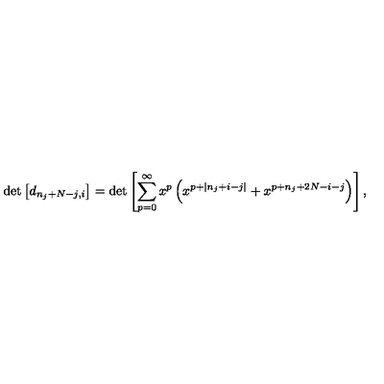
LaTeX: \det \left[ d _ { n _ { j } + N - j , i } \right] = \det \left[ \sum _ { p = 0 } ^ { \infty } x ^ { p } \left( x ^ { p + | n _ { j } + i - j | } + x ^ { p + n _ { j } + 2 N - i - j } \right) \right] ,